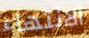
الانتهاء